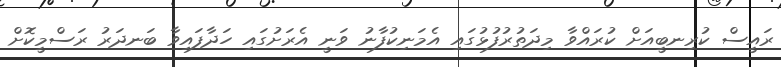
ރައީސް ކުރިނބީއަށް ކުރައްވާ މިދަތުރުފުޅުގައި އެމަނިކުފާނު ވަނީ އެރަށުގައި ހަދާފައިވާ ބަނދަރު ރަސްމީކޮށް